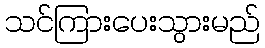
သင်ကြားပေးသွားမည်